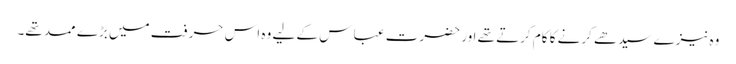
وہ نیزے سیدھے کرنے کا کام کرتے تھے اور حضرت عبا س کے لیے وہ اس حرفت میں بڑے ممد تھے۔